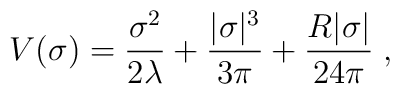
V(\sigma)=\frac{\sigma^2}{2\lambda}+\frac{|\sigma|^3}{3\pi}+\frac{R|\sigma|}{24\pi}\;,